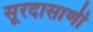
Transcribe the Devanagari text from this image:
सूरदासाणी